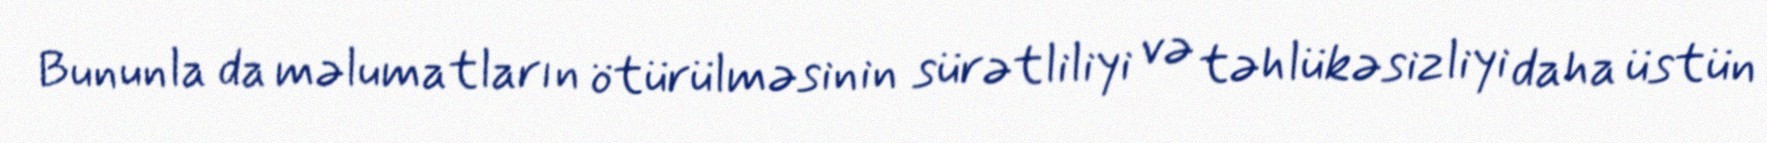
Bununla da məlumatların ötürülməsinin sürətliliyi və təhlükəsizliyi daha üstün